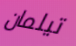
تيلمان